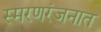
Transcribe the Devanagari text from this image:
स्मरणरंजनात